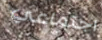
اجتماعي